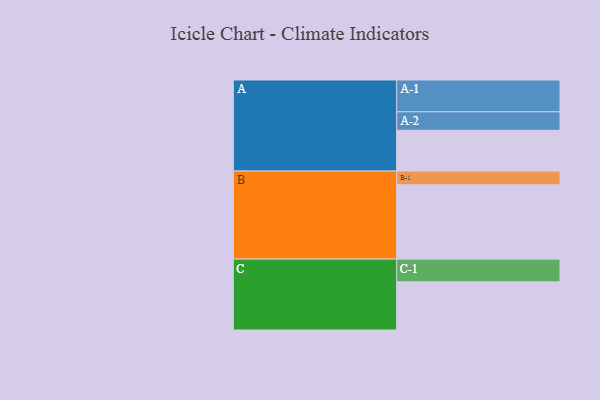
{"axis": {"x": "Segment", "y": "Value"}, "legend": ["", "A", "B", "C"], "data": [{"x": "A", "y": 307, "type": ""}, {"x": "B", "y": 559, "type": ""}, {"x": "C", "y": 362, "type": ""}, {"x": "A-1", "y": 239, "type": "A"}, {"x": "A-2", "y": 139, "type": "A"}, {"x": "B-1", "y": 103, "type": "B"}, {"x": "C-1", "y": 171, "type": "C"}]}